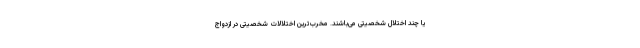
یا چند اختلال شخصیتی می‌باشند. مخرب‌ترین اختلالات شخصیتی در ازدواج